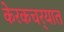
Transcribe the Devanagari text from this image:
केरकचर्‍यात